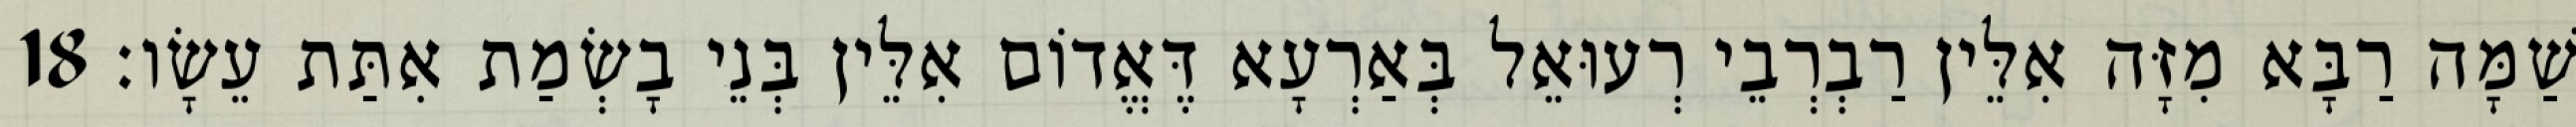
שַׁמָּה רַבָּא מִזָּה אִלֵּין רַבְרְבֵי רְעוּאֵל בְּאַרְעָא דֶּאֱדוֹם אִלֵּין בְּנֵי בָשְׂמַת אִתַּת עֵשָׂו׃ 18